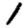
Digit: 1